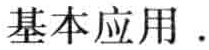
基本应用.